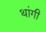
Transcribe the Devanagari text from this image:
थांगी